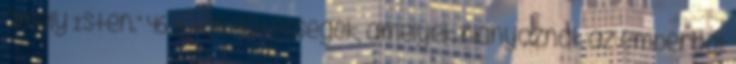
amely Isten.” 46. A tökéletességek, amelyek hiányoznak az emberből: